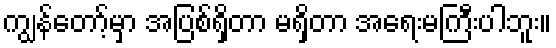
ကျွန်တော့်မှာ အပြစ်ရှိတာ မရှိတာ အရေးမကြီးပါဘူး။